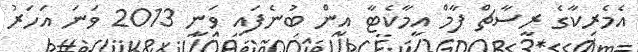
އެމެރިކާގެ ރީސާޗް ފާމް އީމާކެޓާ އިން ބުނެފައި ވަނީ 2013 ވަނަ އަހަރު